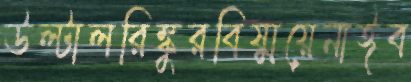
উল্টালরিঙ্কুরবিষ্ময়েনাঈব